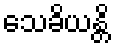
သေခိယန္တိ